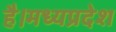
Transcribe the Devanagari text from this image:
है।मध्यप्रदेश